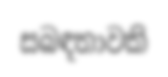
සබඳතාවකි